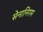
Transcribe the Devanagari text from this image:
सेनानिगम